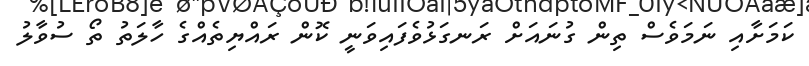
ކަމަށާއި ނަމަވެސް ތިން ގުނައަށް ރަނގަޅުވެފައިވަނީ ކޮން ރައްޔިތެއްގެ ހާލަތު ތޯ ސުވާލު